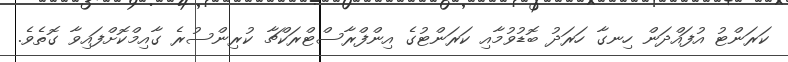
ކަރަންޓު އުފައްދަން ހިނގާ ހަރަދު ބޮޑުވުމާއި ކަރަންޓުގެ އިންފްރާސްޓްރަކްޗާ ކުރިންސުރެ ގާއިމްކޮށްފައިވާ ގޮތެވެ.